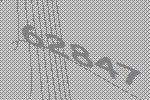
62847